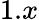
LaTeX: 1.x